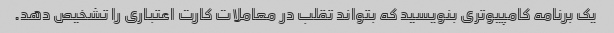
یک برنامه کامپیوتری بنویسید که بتواند تقلب در معاملات کارت اعتباری را تشخیص دهد.